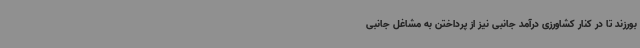
بورزند تا در کنار کشاورزی درآمد جانبی نیز از پرداختن به مشاغل جانبی